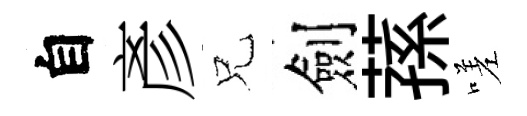
自彥兄劍蓀嗟